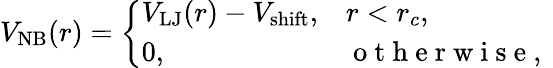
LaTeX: V_{\mathrm{NB}}(r)=\left\{ \begin{array}{ll}{V_{\mathrm{LJ}}(r)-V_{\mathrm{shift}},}&{r<r_{c},}\\ {0,}&{\mathrm{~o~t~h~e~r~w~i~s~e~,~}}\end{array}\right.